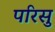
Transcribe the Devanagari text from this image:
परिसु